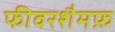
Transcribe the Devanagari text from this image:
फीवरशैमफ़